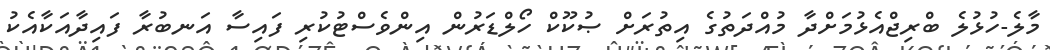
މާލެ-ހުޅުލެ ބްރިޖްއެޅުމަށްދާ މުއްދަތުގެ އިތުރަށް ޞުކޫކް ހޯލްޑަރުން އިންވެސްޓުކުރި ފައިސާ އަނބުރާ ފައިދާއަކާއެކު